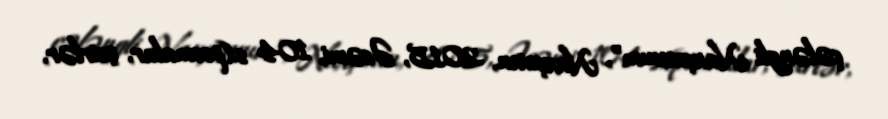
çələngli Naxçıvanım”, Naxçıvan, 2015, Əcəmi, 104 s.(poemalar, şeirlər,